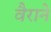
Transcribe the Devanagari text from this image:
वैराने